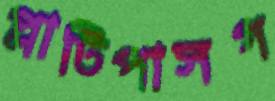
প্লাটিপাসগ